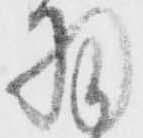
羽